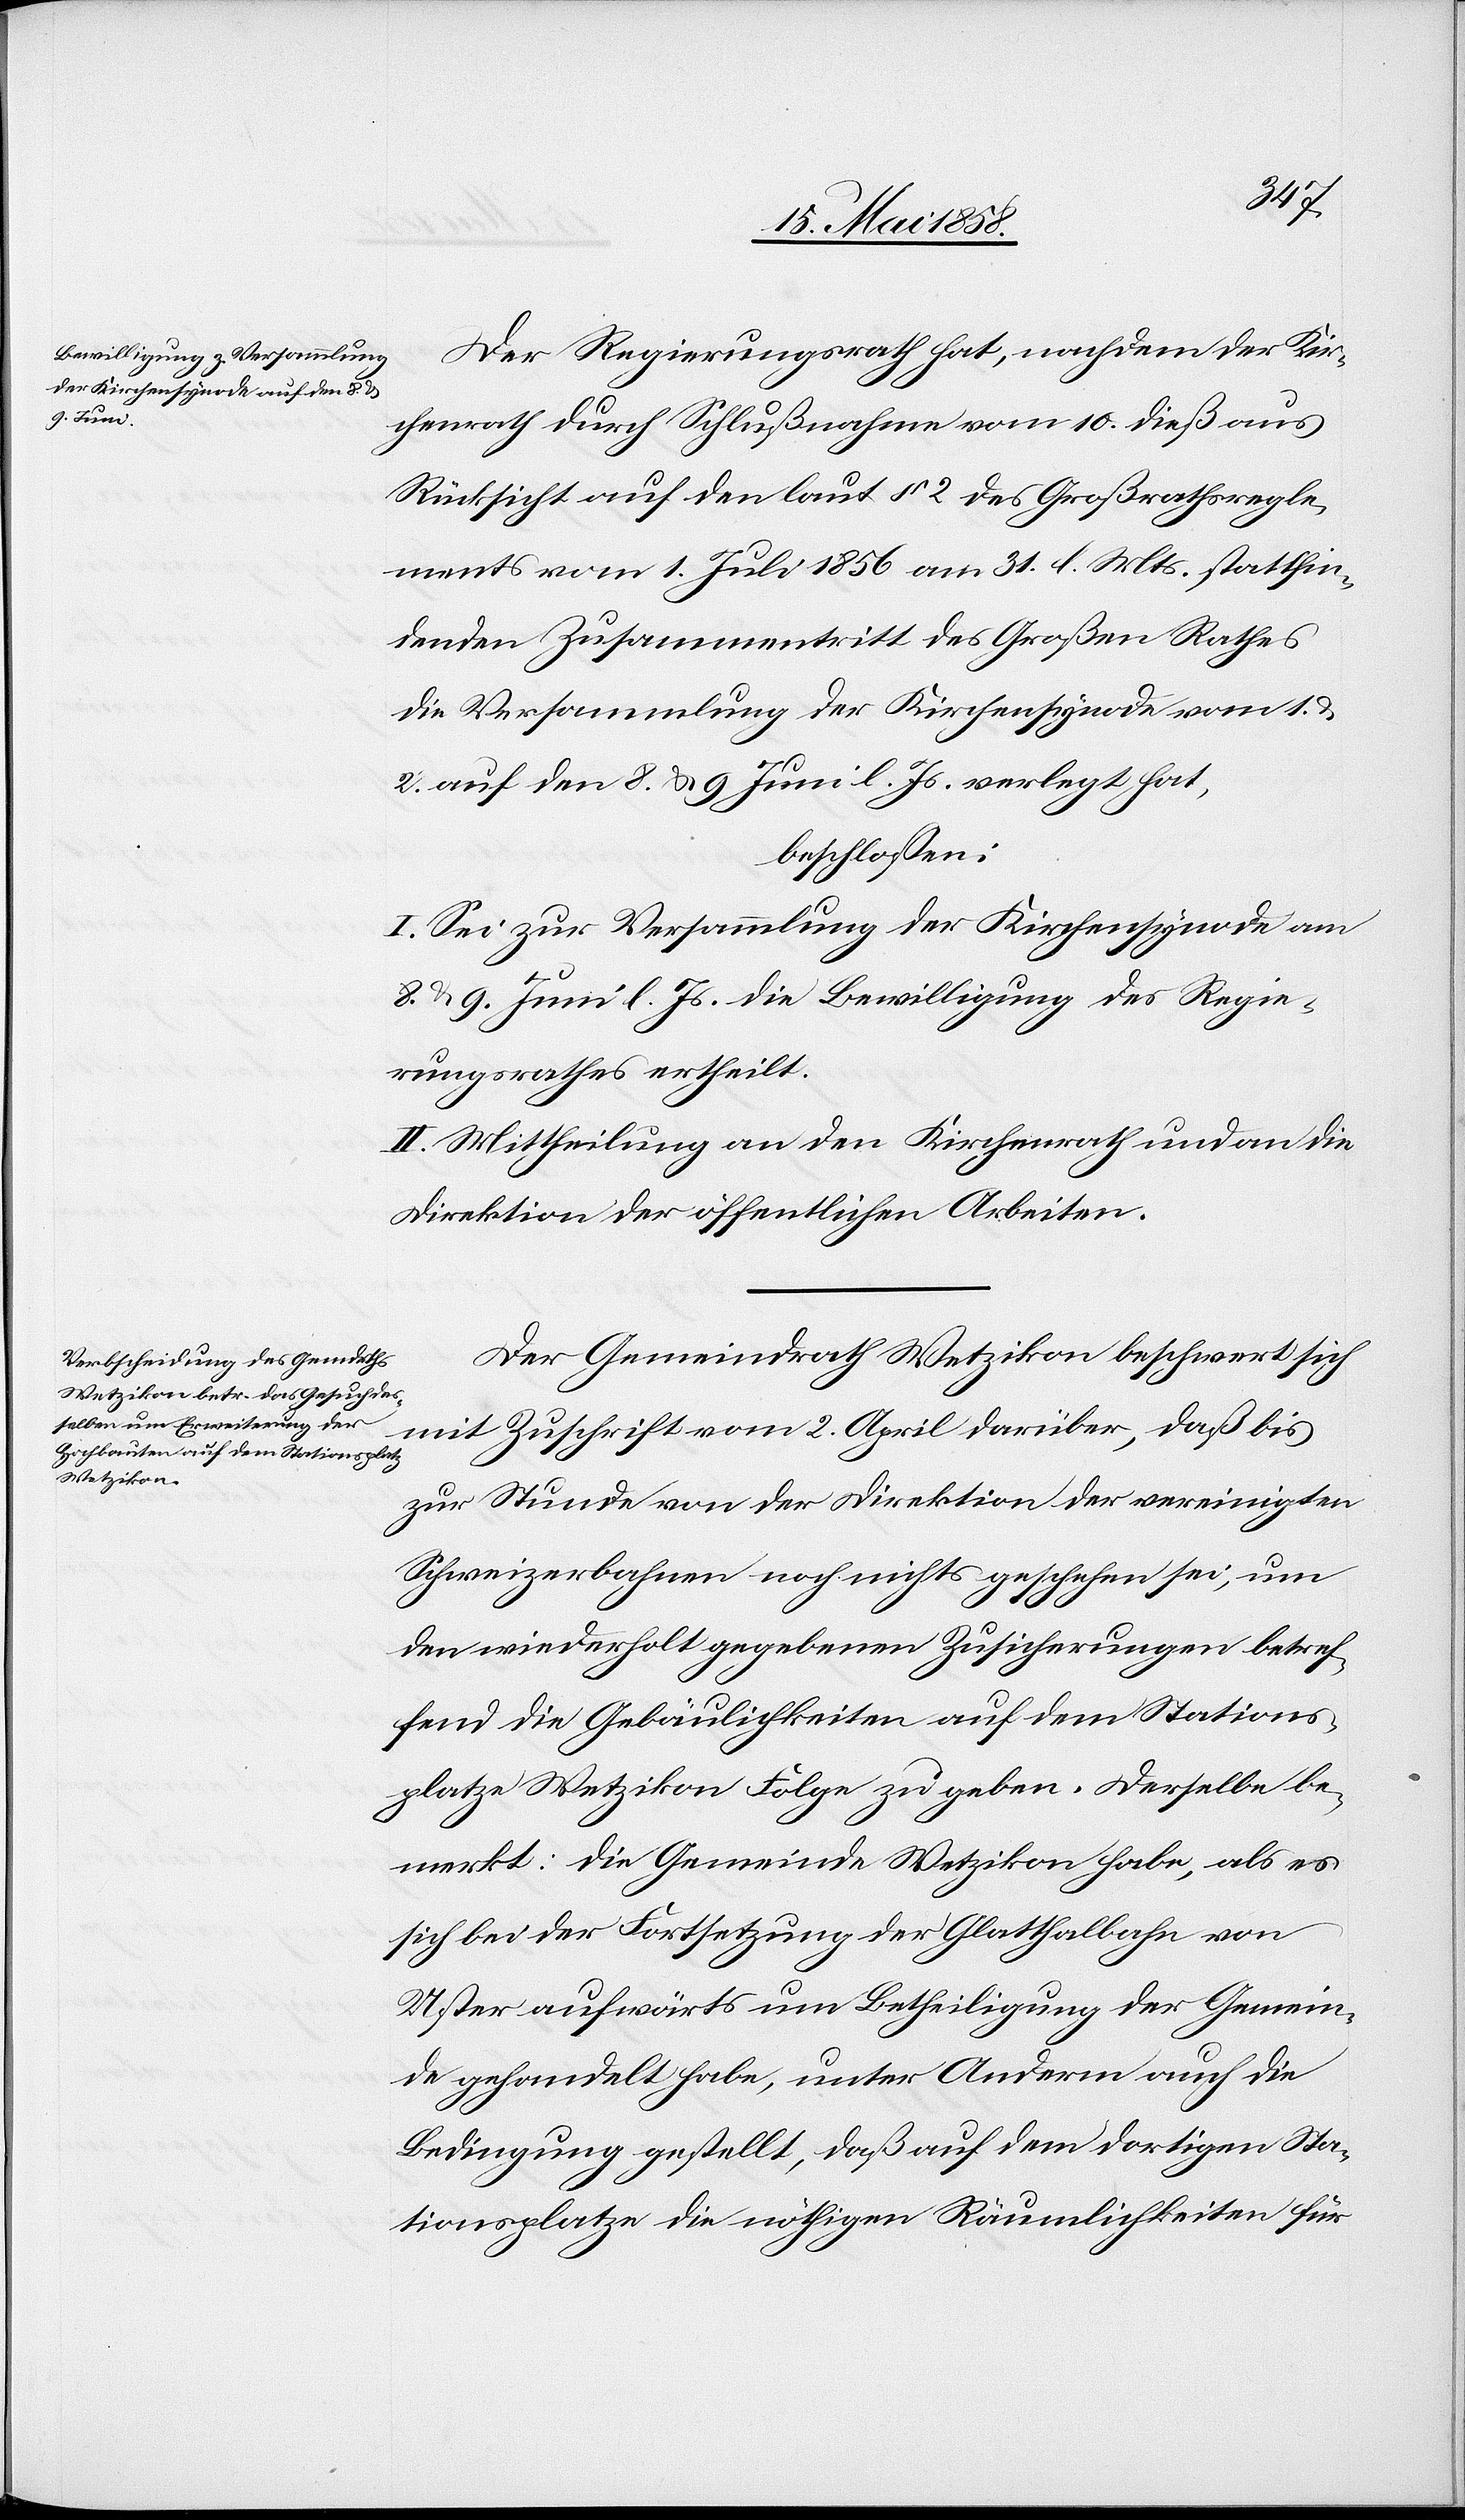
Der Regierungsrath hat, nachdem der Kir¬
chenrath durch Schlußnahem vom 10. dieß aus
Rücksicht auf den laut § 2 des Großrathsregle¬
ments vom 1. Juli 1856 am 31. l. Mts. stattfin¬
denden Zusammentritt des Großen Rathes
die Versammlung der Kirchensynode vom 1. u.
2 auf den 8. u. 9. Juni l. Js. verlegt hat,
beschlossen:
I. Sei zur Versammlung der Kirchensynode am
8. u. 9. Juni l. Js. die Bewilligung des Regie¬
rungsrathes ertheilt.
II. Mittheilung an den Kirchenrath und an die
Direktion der öffentlichen Arbeiten.
Der Gemeindrath Wetzikon beschwert sich
mit Zuschrift vom 2. April darüber, daß bis
zur Stunde von der Direktion der vereinigten
Schweizerbahnen noch nichts geschehen sei, um
den wiederholt gegebenen Zusicherungen betref¬
fend die Gebäulichkeiten auf dem Stations¬
platze Wetzikon Folge zu geben. Derselbe be¬
merkt: Die Gemeinde Wetzikon habe, als es
sich bei der Fortsetzung der Glatthalbahn von
Uster aufwärts um Betheiligung der Gemein¬
de gehandelt habe, unter Anderm auch die
Bedingung gestellt, daß auf dem dortigen Sta¬
tionsplatze die nöthigen Räumlichkeiten für